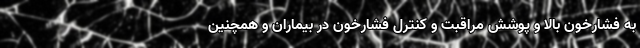
به فشارخون بالا و پوشش مراقبت و کنترل فشارخون در بیماران و همچنین